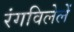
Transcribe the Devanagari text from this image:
रंगविलेलें